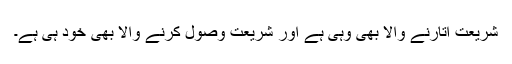
شریعت اتارنے والا بھی وہی ہے اور شریعت وصول کرنے والا بھی خود ہی ہے۔